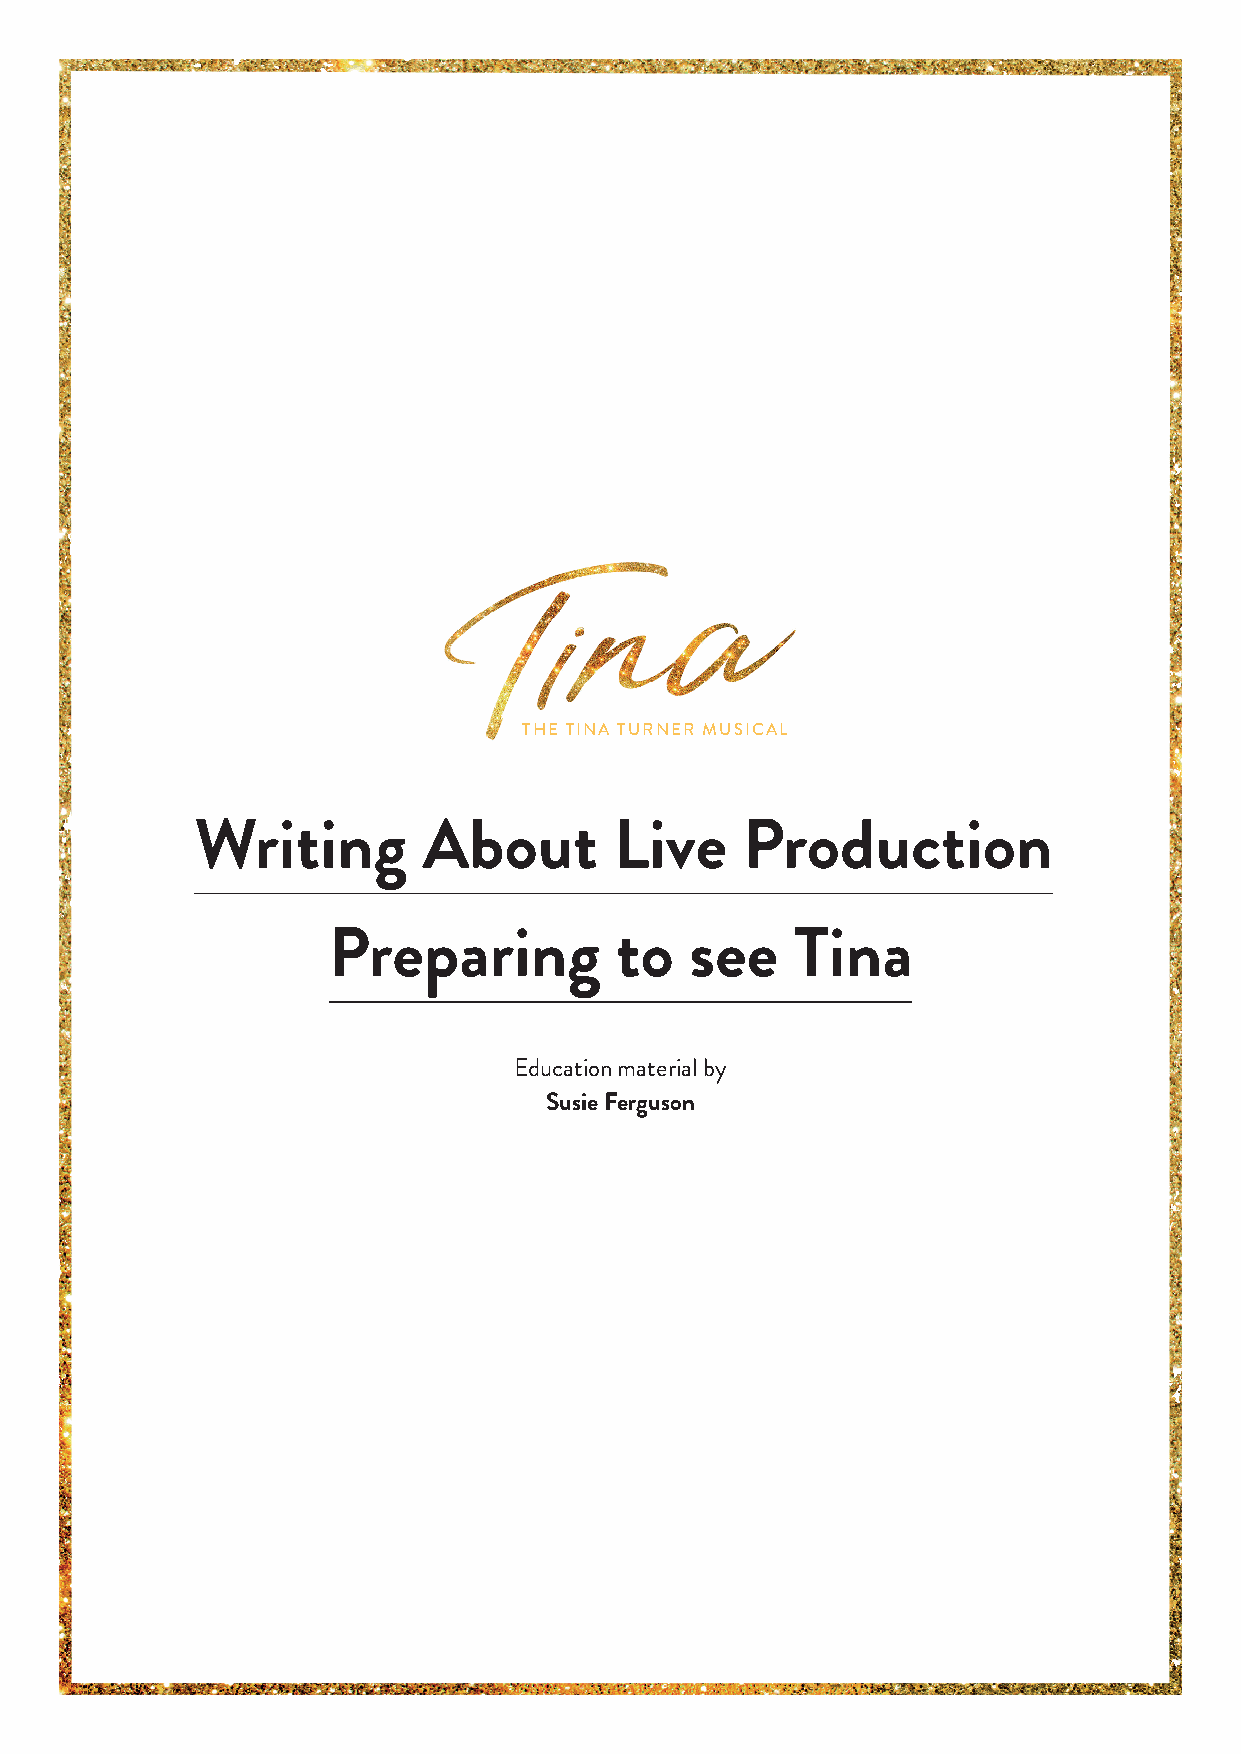
THE TINA TURNER MUSICAL
 Writing        About        Live    Production
 Preparing          to   see    Tina
 Education material by
 Susie Ferguson